Annual report of the Punjab Veterinary College and of the Civil Veterinary Department, Punjab - 1926-1932
Year: 1926
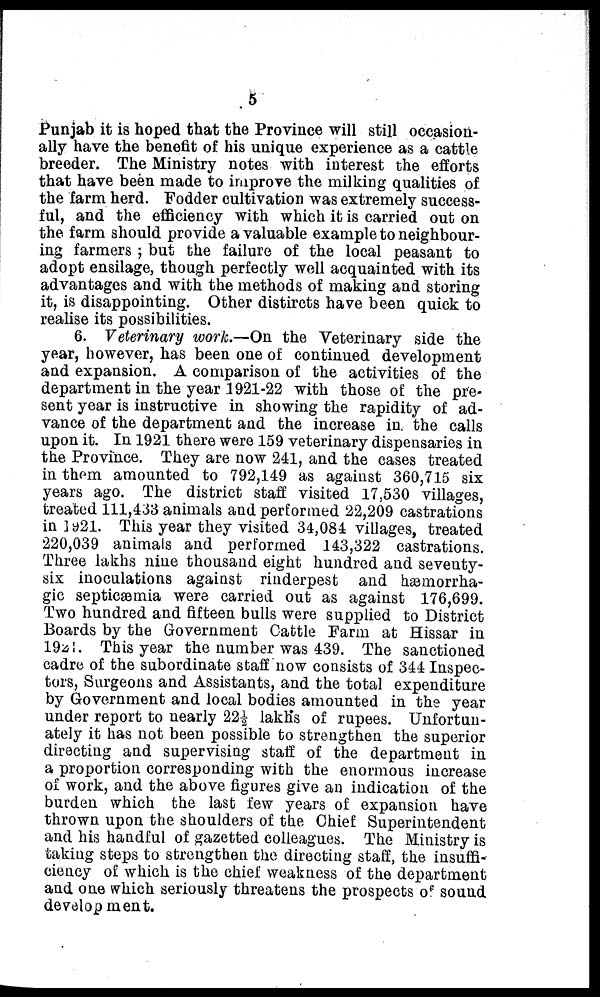
5
Punjab it is hoped that the Province will still occasion-
ally have the benefit of his unique experience as a cattle
breeder. The Ministry notes with interest the efforts
that have been made to improve the milking qualities of
the farm herd. Fodder cultivation was extremely success-
ful, and the efficiency with which it is carried out on
the farm should provide a valuable example to neighbour-
ing farmers; but the failure of the local peasant to
adopt ensilage, though perfectly well acquainted with its
advantages and with the methods of making and storing
it, is disappointing. Other distircts have been quick to
realise its possibilities.
6. Veterinary work.—On the Veterinary side the
year, however, has been one of continued development
and expansion. A comparison of the activities of the
department in the year 1921-22 with those of the pre-
sent year is instructive in showing the rapidity of ad-
vance of the department and the increase in. the calls
upon it. In 1921 there were 159 veterinary dispensaries in
the Province. They are now 241, and the cases treated
in them amounted to 792,149 as against 360,715 six
years ago. The district staff visited 17,530 villages,
treated 111,433 animals and performed 22,209 castrations
in 1921. This year they visited 34,084 villages, treated
220,039 animals and performed 143,322 castrations.
Three lakhs nine thousand eight hundred and seventy-
six inoculations against rinderpest and hæmorrha-
gic septicæmia were carried out as against 176,699.
Two hundred and fifteen bulls were supplied to District
Boards by the Government Cattle Farm at Hissar in
1921. This year the number was 439. The sanctioned
cadre of the subordinate staff now consists of 344 Inspec-
tors, Surgeons and Assistants, and the total expenditure
by Government and local bodies amounted in the year
under report to nearly 22½ lakhs of rupees. Unfortun-
ately it has not been possible to strengthen the superior
directing and supervising staff of the department in
a proportion corresponding with the enormous increase
of work, and the above figures give an indication of the
burden which the last few years of expansion have
thrown upon the shoulders of the Chief Superintendent
and his handful of gazetted colleagues. The Ministry is
taking steps to strengthen the directing staff, the insuffi-
ciency of which is the chief weakness of the department
and one which seriously threatens the prospects of sound
development.